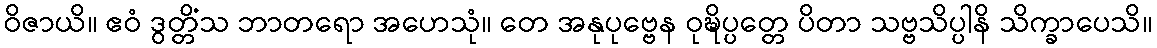
ဝိဇာယိ။ ဧဝံ ဒွတ္တိံသ ဘာတရော အဟေသုံ။ တေ အနုပုဗ္ဗေန ဝုဍ္ဎိပ္ပတ္တေ ပိတာ သဗ္ဗသိပ္ပါနိ သိက္ခာပေသိ။